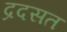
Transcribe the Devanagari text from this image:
द्रदसत